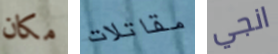
مكان مقاتلات انجي